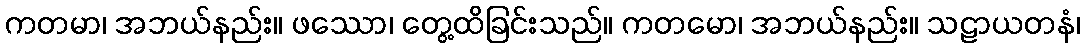
ကတမာ၊ အဘယ်နည်း။ ဖဿော၊ တွေ့ထိခြင်းသည်။ ကတမော၊ အဘယ်နည်း။ သဠာယတနံ၊